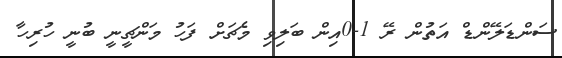
ސަންޑަލޭންޑް އަތުން ރޭ 1-0އިން ބަލިވި މެޗަށް ފަހު މަންޗީނީ ބުނީ ހުރިހާ